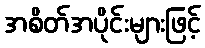
အစိတ်အပိုင်းများဖြင့်